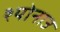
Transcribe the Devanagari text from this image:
श्योनाउ